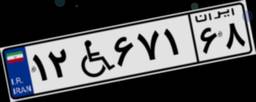
۱۲W۶۷۱۶۸